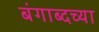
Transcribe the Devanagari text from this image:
बंगाब्दच्या